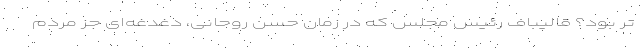
تر بود؟ قالیباف رئیس مجلس که در زمان حسن روحانی، دغدغه‌ای جز مردم